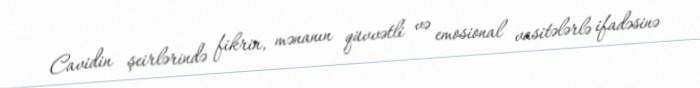
Cavidin şeirlərində fikrin, mənanın qüvvətli və emosional vasitələrlə ifadəsinə